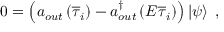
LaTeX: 0 = \left( a _ { o u t } \left( \overline { { { \tau } } } _ { i } \right) - a _ { o u t } ^ { \dagger } \left( E \overline { { { \tau } } } _ { i } \right) \right) \left| \psi \right> \; ,